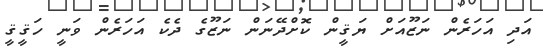
އަދި އަހަރެން ނަޒޫއަށް ޔަޤީން ކޮށްދޭނަން ނަޒޫގެ ދެކެ އަހަރެން ވަނީ ހަޤީޤީ